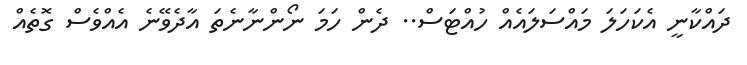
ދައްކާނީ އެކަހަލަ މައްސަލައެއް ހުއްޓަސް.. ދެން ހަމަ ނޯންނާނެތަ އާދެވޭނެ އެއްވެސް ގޮތެއް